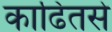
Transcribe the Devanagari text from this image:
काढितसे